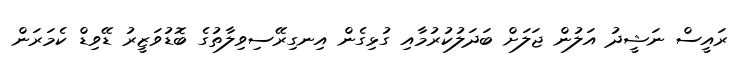
ރައީސް ނަޝީދު އަލުން ޖަލަށް ބަދަލުކުރުމާއި ގުޅިގެން އިނގިރޭސިވިލާތުގެ ބޮޑުވަޒީރު ޑޭވިޑް ކެމަރަން